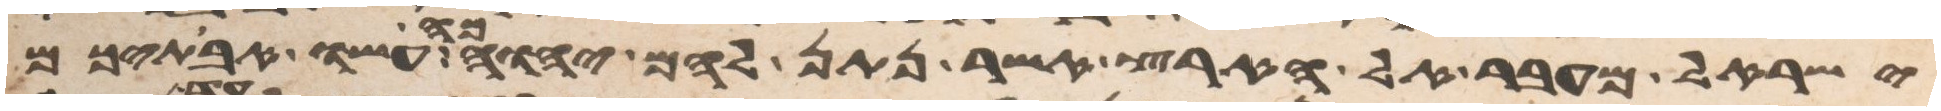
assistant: ישראל מעבר אל הארץ אשר נתן להם יהוה כה עשו אבתיכם